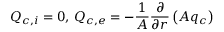
Q _ { c , i } = 0 , \, Q _ { c , e } = - \frac { 1 } { A } \frac { \partial } { \partial r } \left( A q _ { c } \right)